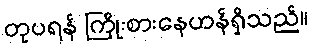
တုပရန် ကြိုးစားနေဟန်ရှိသည်။